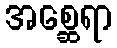
အစ္ဆေရာ